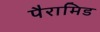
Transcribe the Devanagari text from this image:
पैरामिड